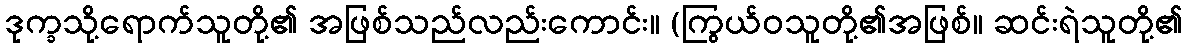
ဒုက္ခသို့ရောက်သူတို့၏ အဖြစ်သည်လည်းကောင်း။ (ကြွယ်ဝသူတို့၏အဖြစ်။ ဆင်းရဲသူတို့၏